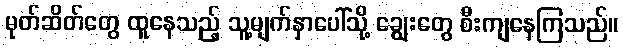
မုတ်ဆိတ်တွေ ထူနေသည့် သူ့မျက်နှာပေါ်သို့ ချွေးတွေ စီးကျနေကြသည်။